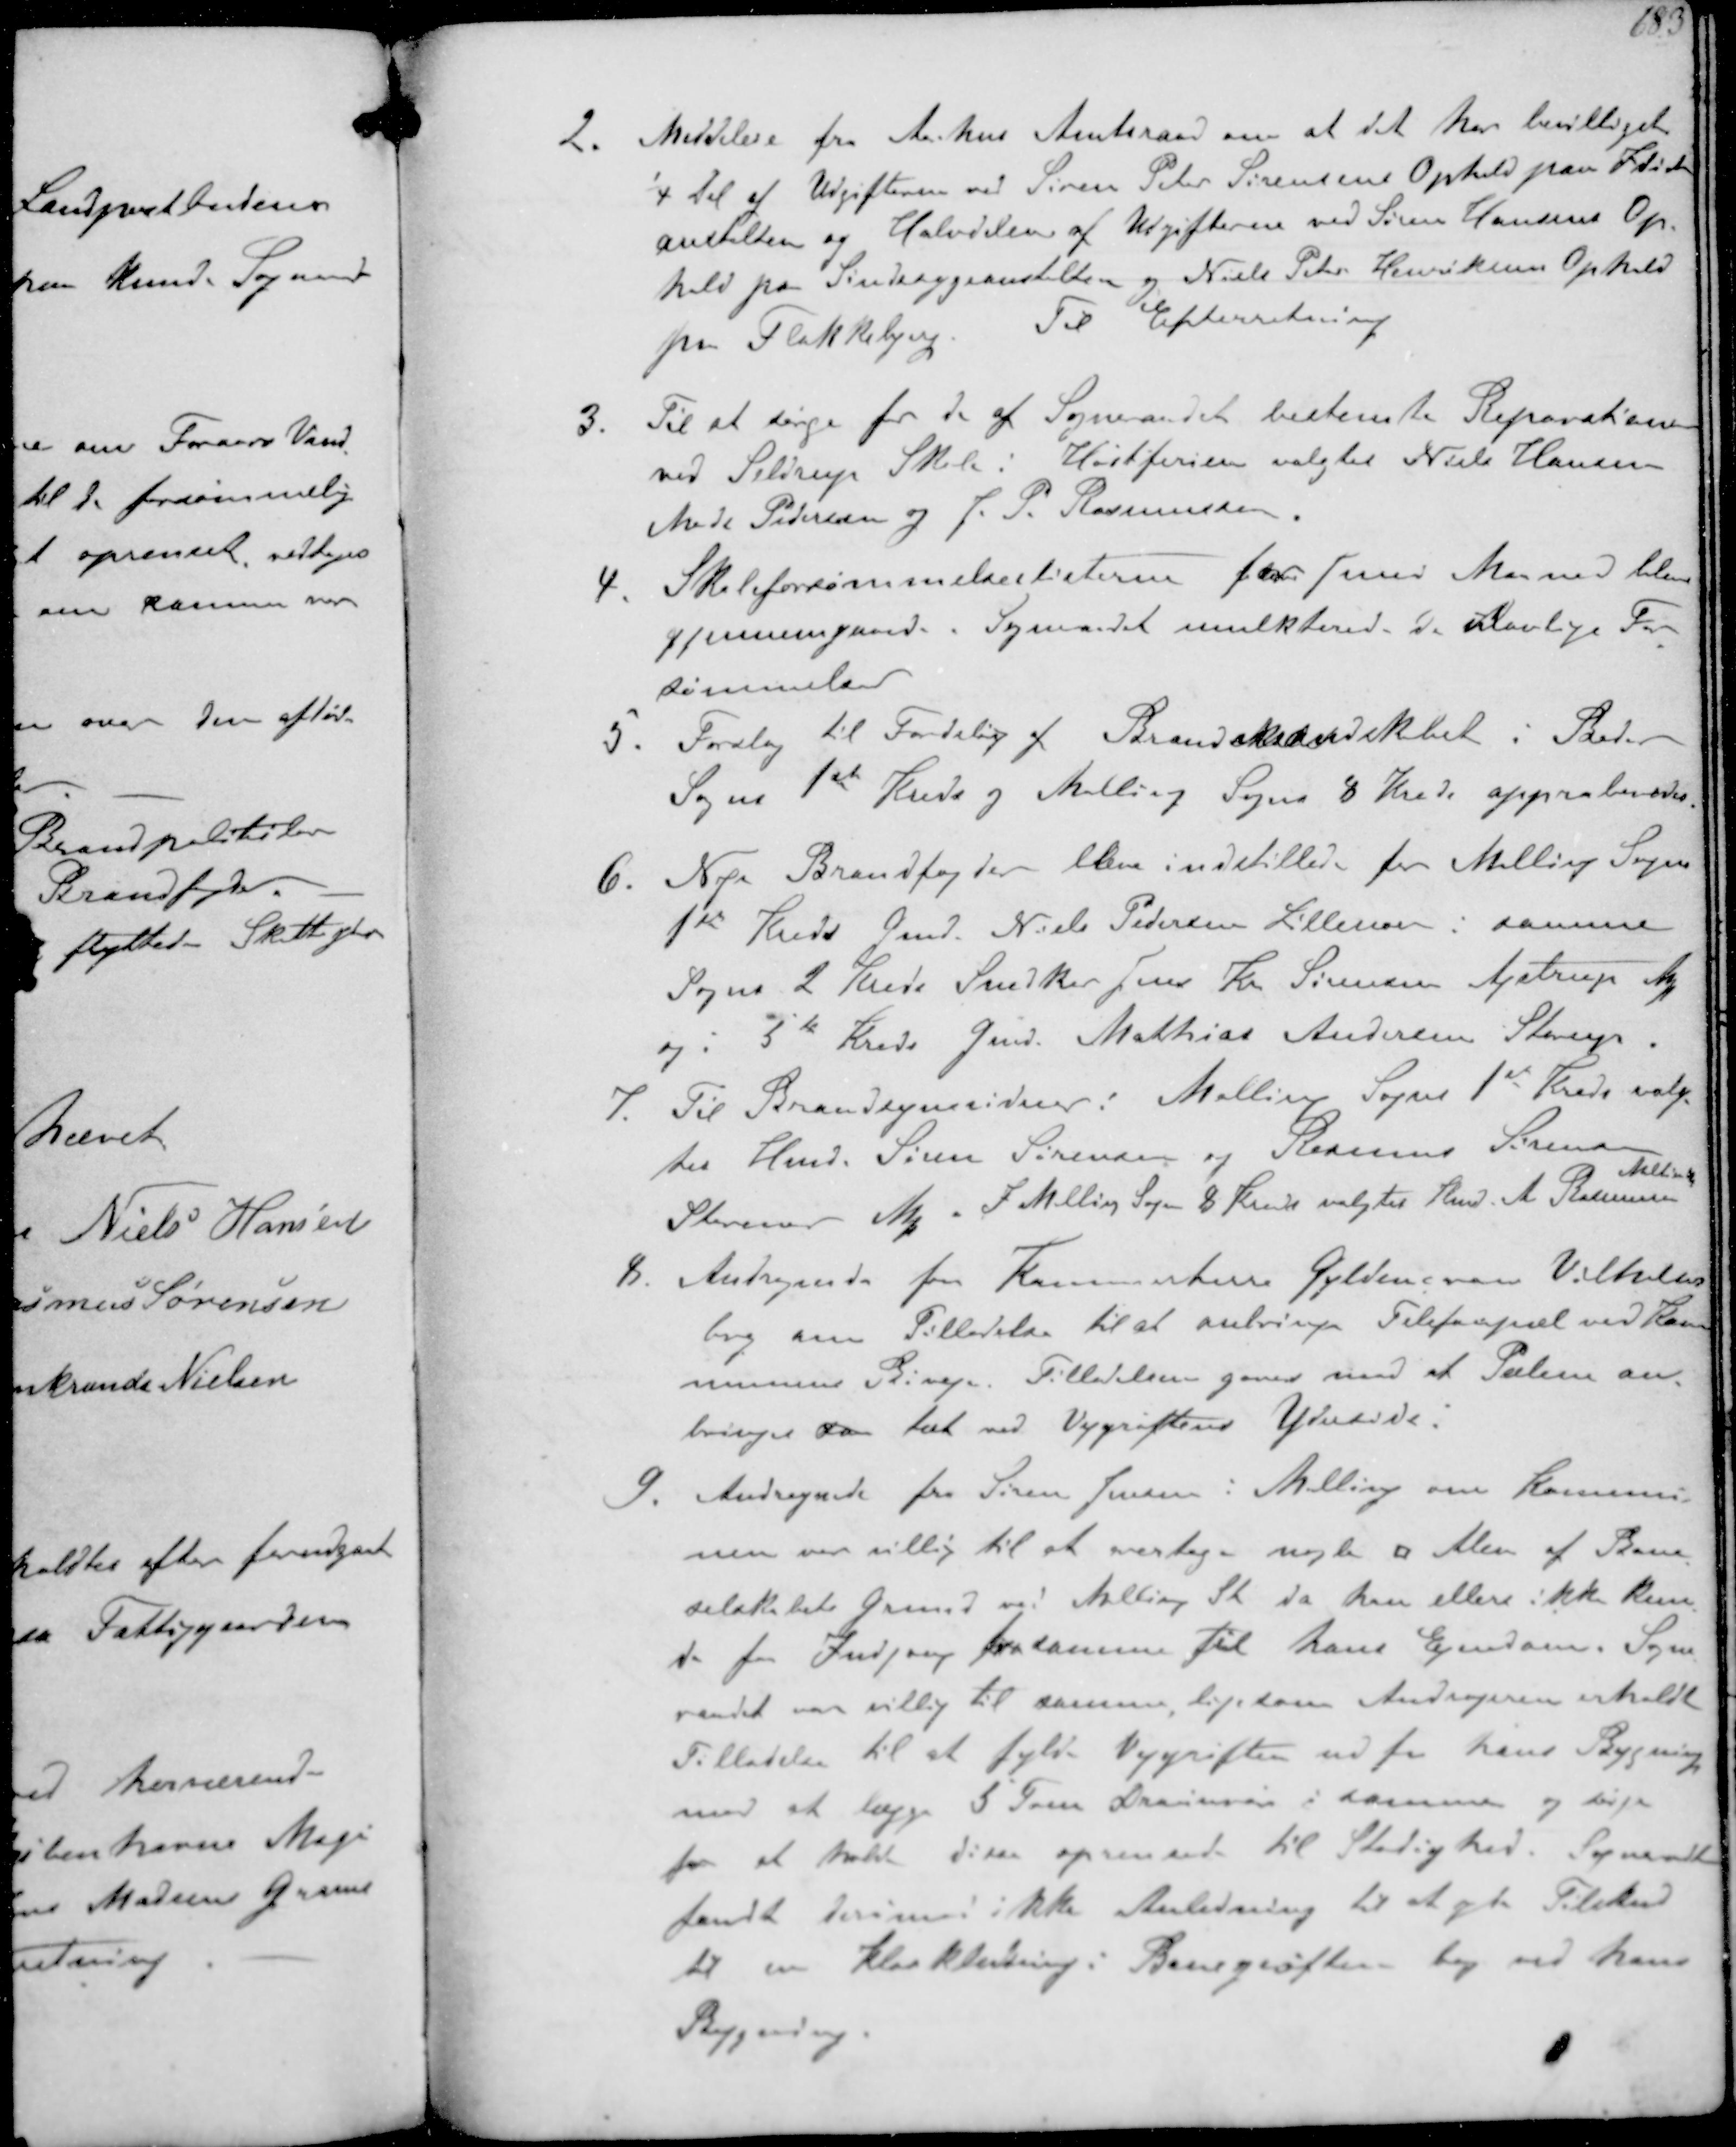
Transskription:
2. Meddelese fra Aarhus Amtsraad om at det har bevilliget
1/4 del af Udgifteren ved Søren Peter Sørensen Ophold paa Idiot-
anstalten og Halvdelen af Udgifterne ved Søren Hansens Op-
hold på Sindssygeanstalten og Niels Peter Henriksens Ophold
pr Flakkebjerg
Til Efterretning
3. Til at sørge for de af Sogneraadet bestemte Reparationer
ved Seldrup Skole i Høstferien valgtes Niels Hansen
Mads Pedersen og J. P. Rasmussen
4. Skoleforsømmelseslisterne for Juni Maaned blev
gennemgaaede Byraadet mulkterede de ulovlige For-
sømmelser
5. Forslag til Fordeling af Brandberedskabet i Beder
Sogn 1st Kreds og Malling Sogns 8 Kreds approberedes
6. Nye Brandfogder blev indstillede for Malling Sogn
1st Kreds Gmd. Niels Pedersen Lillenoer i samme
Sogns 2 Kreds Snedker Jens Kr. Sørensen Ajstrup
og 5te Kreds Gmd. Mathias Andersen Starup.
7. Til Brandsynsvidne i Malling Sogns 1st Kreds valg-
tes Hmd. Søren Sørensen og Rasmus Sørensen
Storenor M. I Malling Sogn 8 Kr valgtes Hmd A Rasmussen
Malling
8. Andragende for Kammerherre Gyldencrone Vilhelms-
borg om Tilladelse til at anbringe Telefonpæl ved kom-
munens Bivej Tilladelse gaves mod at Pælen an-
bringes sa tæt ved Vejgrøftens Yderside
9. Andragende fra Søren Jensen i Malling om Kommu-
nen var villig til at overtage nogle ؝ Alen af Bane-
selskabets Grund ved Malling St da han eller ikke kun-
de faa Indgang fra samme til hans Ejendom. Sogne-
raadet var villig til samme ligesom Andrageren erholdt
Tilladelse til at fylde Vejgrøften ud for hans Bygning
med at lægge 5 Tom Drænsrør i samme og sørge
for at holde disse oprenset til Stadighed. Sogneraadet
fandt derimod ikke Anledning til at yde Tilskud
til en Kloakledning i Banegrøften bag ved hans
Bygning